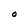
Character: O